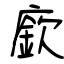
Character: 廞